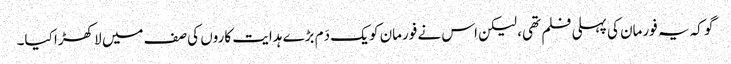
گو کہ یہ فورمان کی پہلی فلم تھی، لیکن اس نے فورمان کو یک دَم بڑے ہدایت کاروں کی صف میں لا کھڑا کیا۔